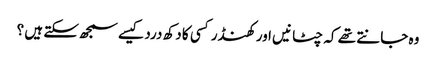
وہ جانتے تھے کہ چٹانیں اور کھنڈر کسی کا دکھ درد کیسے سمجھ سکتے ہیں ؟